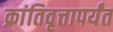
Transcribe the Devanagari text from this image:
क्रांतिवृत्तापर्यंत